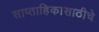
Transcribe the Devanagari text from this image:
साप्ताहिकासाठीचे